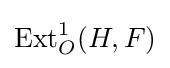
\operatorname {Ext} _{O}^{1}(H,F)